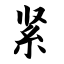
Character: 紧